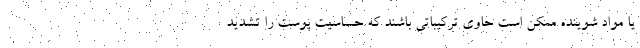
یا مواد شوینده ممکن است حاوی ترکیباتی باشند که حساسیت پوست را تشدید